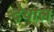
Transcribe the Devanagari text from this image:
देयाल